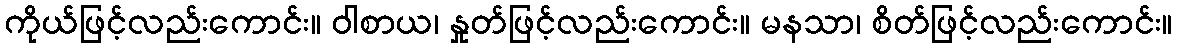
ကိုယ်ဖြင့်လည်းကောင်း။ ဝါစာယ၊ နှုတ်ဖြင့်လည်းကောင်း။ မနသာ၊ စိတ်ဖြင့်လည်းကောင်း။